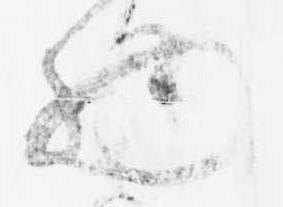
物